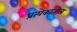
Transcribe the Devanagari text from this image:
प्रत्येकातील